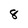
Character: 8